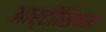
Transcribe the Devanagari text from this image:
आर्टीसियन